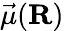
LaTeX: \vec{\mu}(\mathbf{R})